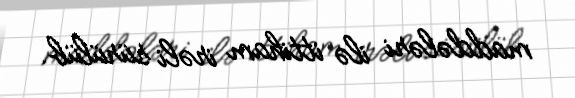
maddələri ilə ittiham irəli sürülüb.